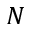
N